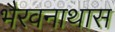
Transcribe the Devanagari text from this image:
भैरवनाथास